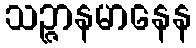
သဉ္ဇာနမာနေန